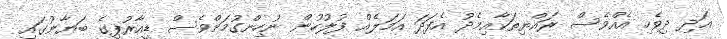
އަދި ދިވެހި އެއްވެސް ރައްޔިތަކާއިމެދު އެފަދަ އަމަލެއް ފުލުހުން ނުހިންގުމަށްވެސް ޑީއާރުޕީގެ ބަޔާނުގައި